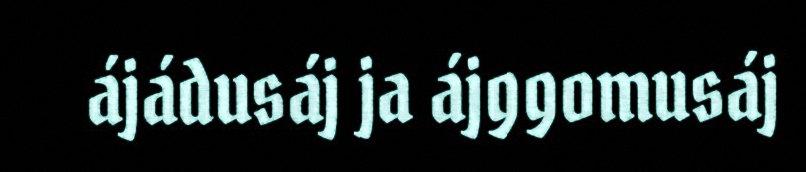
ájádusáj ja ájggomusáj